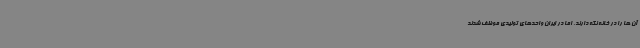
آن ها را در خانه نگه دارند، اما در ایران واحدهای تولیدی موظف شدند